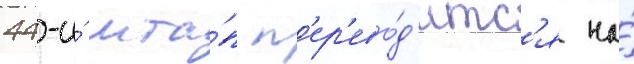
44-и́ мта́п п'ер'ево́д'итс'я на́